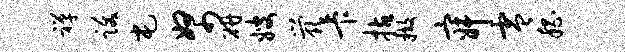
禅跋屯帑研嫂茕卡拈撤寂零嵇